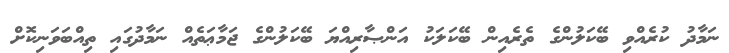
ނަމާދު ކުރެއްވި ބޭކަލުންގެ ތެރެއިން ބޭކަލަކު އަންޞާރިއްޔަ ބޭކަލުންގެ ޖަމާޢަތެއް ނަމާދުގައި ތިއްބަވަނިކޮށް